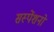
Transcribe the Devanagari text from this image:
सस्पेंशनों